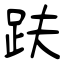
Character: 趺